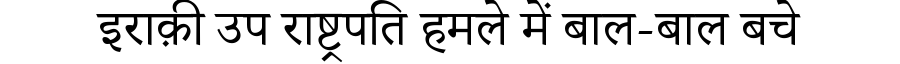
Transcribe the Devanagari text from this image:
इराक़ी उप राष्ट्रपति हमले में बाल-बाल बचे